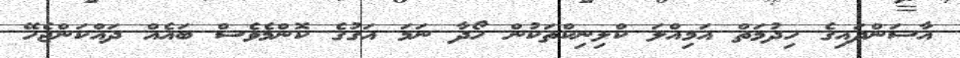
އާސަންދައިގެ ހިދުމަތް އަމިއްލަ ކްލިނިކްތަކުން ހޯދާ ނަމަ އަގުގެ ކޮންމެވެސް ބައެއް ދައްކަންޖެހޭ